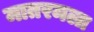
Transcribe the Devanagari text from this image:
मातरमला